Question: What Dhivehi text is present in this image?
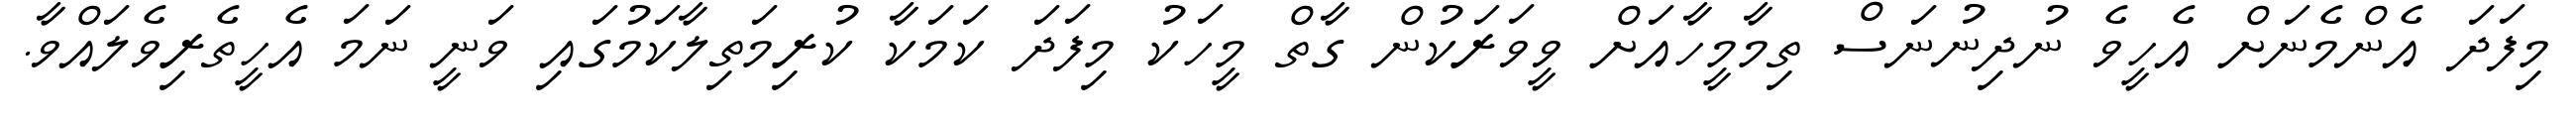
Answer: މިފަދަ އެންމެނަށް އެހީވެ ނުދިނުނަސް ތިމާމީހާއަށް ވީވަރަކުން ގާތް މީހަކު މިފަދަ ކަމަކާ ކުރިމަތިލާކަމުގައި ވަނީ ނަމަ އެހީތެރިވެލައްވާ.